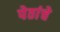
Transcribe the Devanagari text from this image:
पेठांचे